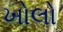
ખોલો